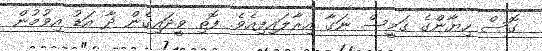
ގޮސް ހިޔާންގެ ގަމީސް ނަގާ އިރާލައިފިއެވެ. ފޮތި ވީދައިގެން ދާ އަޑު އިވުމުން